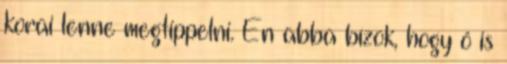
korai lenne megtippelni. Én abba bízok, hogy ő is